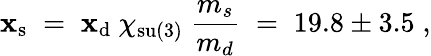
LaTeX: \mathbf{x}_{\mathrm{{s}}}\; =\; \mathbf{x}_{\mathrm{{d}}}~\chi_{\mathrm{{su(3)}}}~\frac{{m_{s}}}{{m_{d}}}\; =\; 19.8\pm3.5\; ,